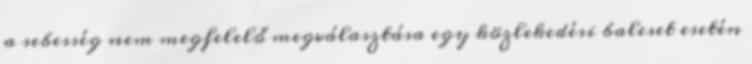
a sebesség nem megfelelő megválasztása egy közlekedési baleset esetén